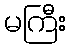
မကြီး